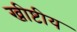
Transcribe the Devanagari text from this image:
ख्रीष्टीय